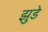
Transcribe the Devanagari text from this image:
झुडे